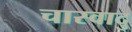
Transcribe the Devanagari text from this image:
चास्वादु